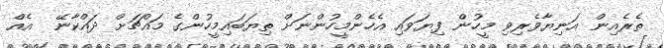
ތެރެއިން އަނިޔާވެރިވި މީހުން ފިޔަވައި އެހެންމީހުންނަށް ތިޔަބައިމީހުންގެ މައްޗަށް ދައްކާނޭ  އެއް